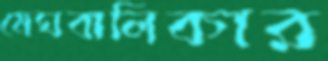
মেঘবালিকার